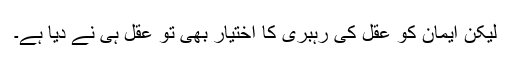
لیکن ایمان کو عقل کی رہبری کا اختیار بھی تو عقل ہی نے دیا ہے۔